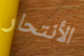
الأنتحار